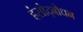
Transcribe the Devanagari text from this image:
हंसोद्बोधन